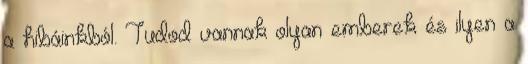
a hibáinkból. Tudod vannak olyan emberek és ilyen a